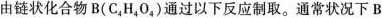
由链状化合物B(C_{4}H_{4}O_{4})通过以下反应制取。通常状况下B